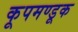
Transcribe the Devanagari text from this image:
कूपमण्डूक